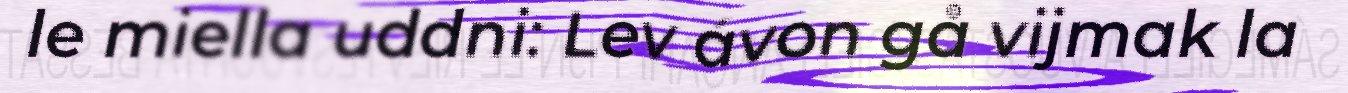
le miella uddni: Lev ávon gå vijmak la